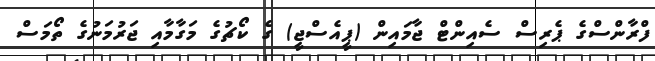
ފްރާންސްގެ ޕެރިސް ސެއިންޓް ޖާމައިން (ޕީއެސްޖީ) ގެ ކޯޗުގެ މަގާމާއި ޖަރުމަނުގެ ތޯމަސް